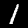
Label: 1